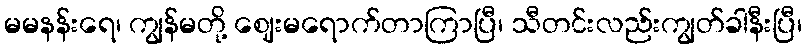
မမနန်းရေ၊ ကျွန်မတို့ ဈေးမရောက်တာကြာပြီ၊ သီတင်းလည်းကျွတ်ခါနီးပြီ၊